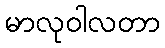
မာလုဝါလတာ